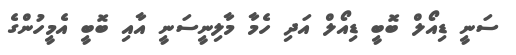
ސަނީ ޑިއޯލް ބޮބީ ޑިއޯލް އަދި ހެމާ މާލިނީސަނީ އާއި ބޮބީ އެމީހުންގެ